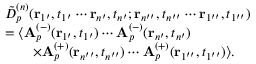
\begin{array} { r l } & { \tilde { D } _ { p } ^ { ( n ) } ( \mathbf { r } _ { 1 ^ { \prime } } , t _ { 1 ^ { \prime } } \cdots \mathbf { r } _ { n ^ { \prime } } , t _ { n ^ { \prime } } ; \mathbf { r } _ { n ^ { \prime \prime } } , t _ { n ^ { \prime \prime } } \cdots \mathbf { r } _ { 1 ^ { \prime \prime } } , t _ { 1 ^ { \prime \prime } } ) } \\ & { = \langle \mathbf { A } _ { p } ^ { ( - ) } ( \mathbf { r } _ { 1 ^ { \prime } } , t _ { 1 ^ { \prime } } ) \cdots \mathbf { A } _ { p } ^ { ( - ) } ( \mathbf { r } _ { n ^ { \prime } } , t _ { n ^ { \prime } } ) } \\ & { \qquad \times \mathbf { A } _ { p } ^ { ( + ) } ( \mathbf { r } _ { n ^ { \prime \prime } } , t _ { n ^ { \prime \prime } } ) \cdots \mathbf { A } _ { p } ^ { ( + ) } ( \mathbf { r } _ { 1 ^ { \prime \prime } } , t _ { 1 ^ { \prime \prime } } ) \rangle . } \end{array}